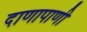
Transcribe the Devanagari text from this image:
दाणापाणी